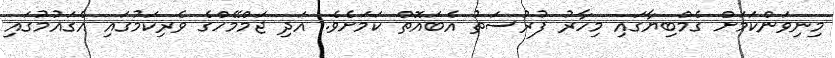
މިނިވަންކަމަށް ގެމްބިޔާގައި މިހާރު ފުރުސަތު އެބައޮތް ކަމަށެވެ. އަދި ޖަމްމޭހްގެ ވެރިކަމުގައި އެގައުމުގައި